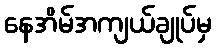
နေအိမ်အကျယ်ချုပ်မှ